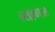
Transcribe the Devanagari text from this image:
ब्यागज